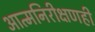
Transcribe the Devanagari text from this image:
आत्मनिरीक्षणही